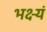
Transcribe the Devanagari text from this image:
भक्ष्यं